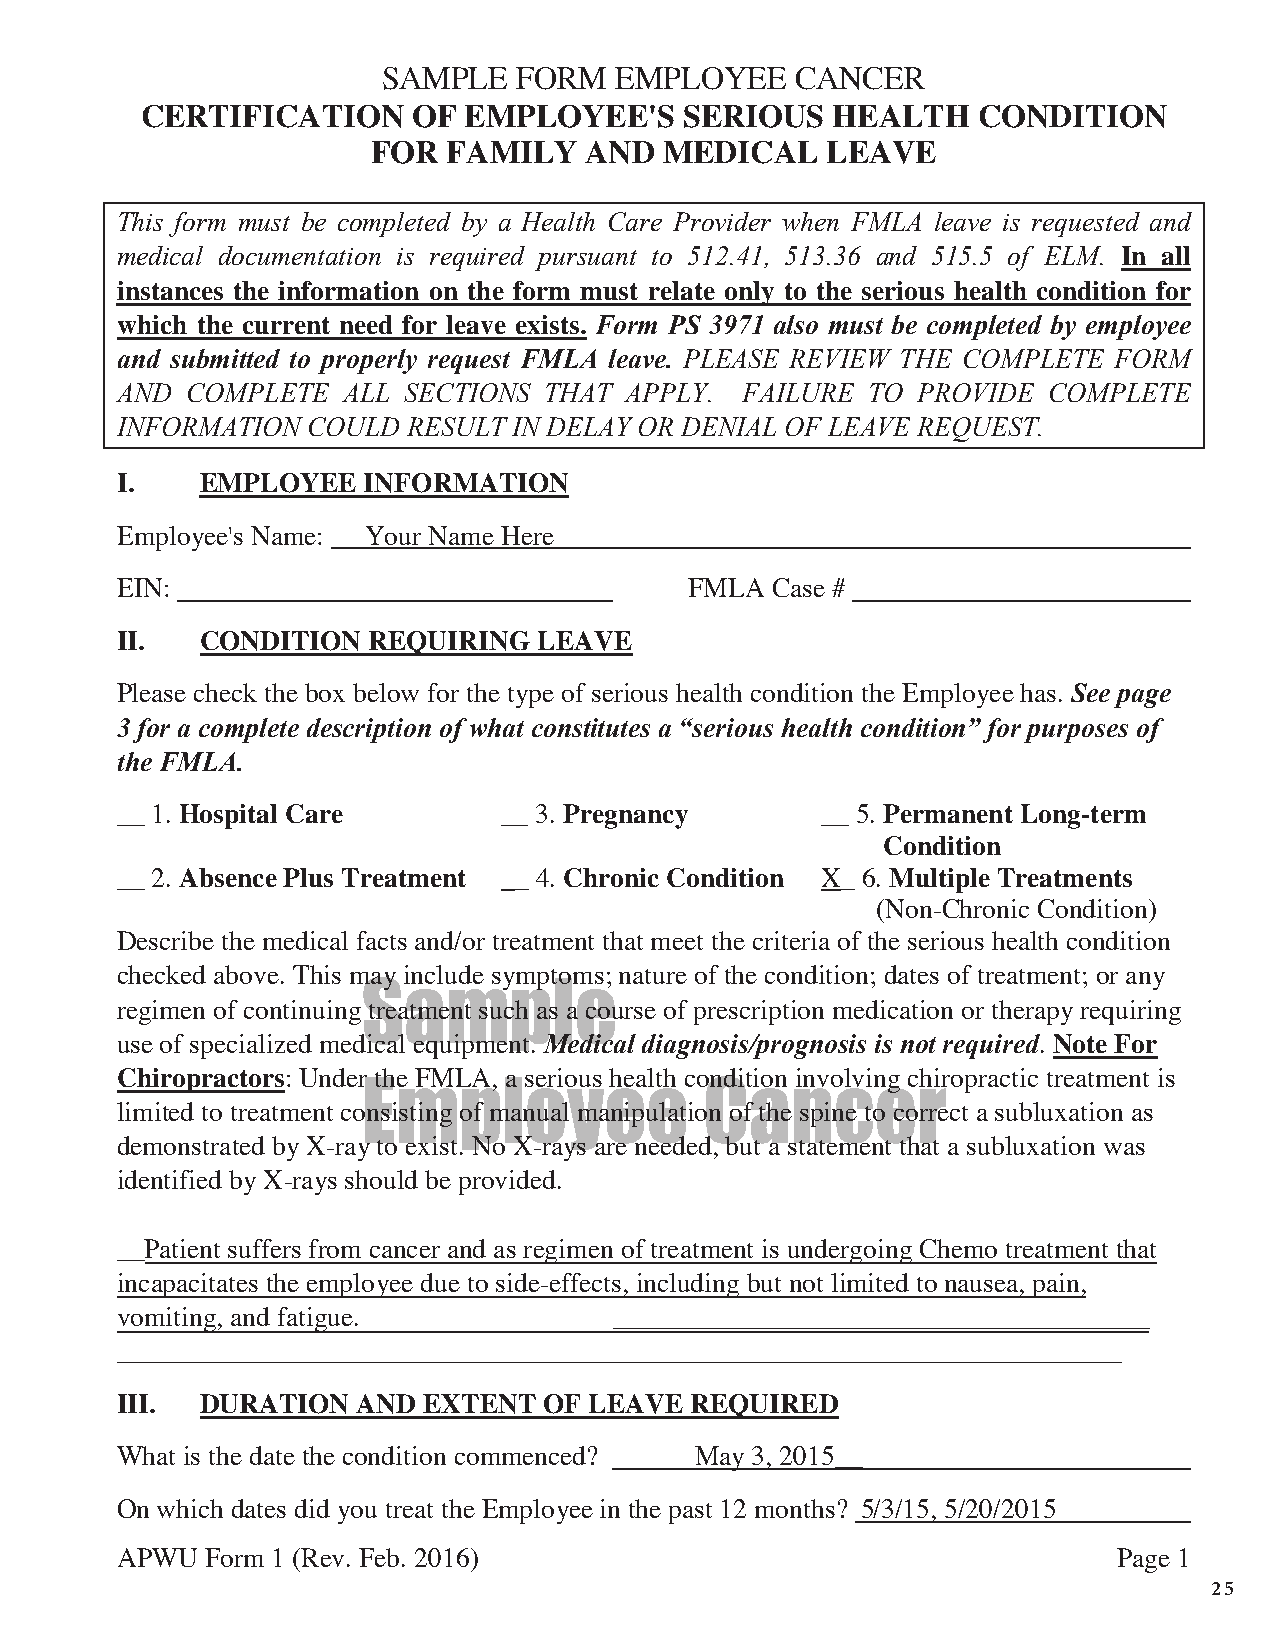
SAMPLE   FORM   EMPLOYEE    CANCER
 CERTIFICATION     OF  EMPLOYEE'S    SERIOUS   HEALTH    CONDITION
 FOR  FAMILY   AND  MEDICAL    LEAVE
 This form must be completed by a Health Care Provider when FMLA leave is requested and
 medical documentation is required pursuant to 512.41, 513.36 and 515.5 of ELM. In all
 instances the information on the form must relate only to the serious health condition for
 which the current need for leave exists. Form PS 3971 also must be completed by employee
 and submitted to properly request FMLA leave. PLEASE REVIEW THE COMPLETE FORM
 AND COMPLETE   ALL SECTIONS THAT APPLY.  FAILURE  TO PROVIDE COMPLETE
 INFORMATION COULD  RESULT IN DELAY OR DENIAL OF LEAVE REQUEST.
 I.   EMPLOYEE   INFORMATION
 Employee's Name: Your Name Here
 EIN:                                  FMLA Case #
 II.  CONDITION  REQUIRING   LEAVE
 Please check the box below for the type of serious health condition the Employee has. See page
 3 for a complete description of what constitutes a “serious health condition” for purposes of
 the FMLA.
 __ 1. Hospital Care      __ 3. Pregnancy      __ 5. Permanent Long-term
 Condition
 __ 2. Absence Plus Treatment __ 4. Chronic Condition X_ 6. Multiple Treatments
 (Non-Chronic Condition)
 Describe the medical facts and/or treatment that meet the criteria of the serious health condition
 checked above. This may include symptoms; nature of the condition; dates of treatment; or any
 Sample
 regimen of continuing treatment such as a course of prescription medication or therapy requiring
 use of specialized medical equipment. Medical diagnosis/prognosis is not required. Note For
 Chiropractors: Under the FMLA, a serious health condition involving chiropractic treatment is
 Employee               Cancer
 limited to treatment consisting of manual manipulation of the spine to correct a subluxation as
 demonstrated by X-ray to exist. No X-rays are needed, but a statement that a subluxation was
 identified by X-rays should be provided.
 __Patient suffers from cancer and as regimen of treatment is undergoing Chemo treatment that
 incapacitates the employee due to side-effects, including but not limited to nausea, pain,
 vomiting, and fatigue.           _______________________________________
 _________________________________________________________________________
 III. DURATION   AND EXTENT  OF LEAVE  REQUIRED
 What is the date the condition commenced? May 3, 2015__
 On which dates did you treat the Employee in the past 12 months? 5/3/15, 5/20/2015
 APWU  Form 1 (Rev. Feb. 2016)                                     Page 1
 25